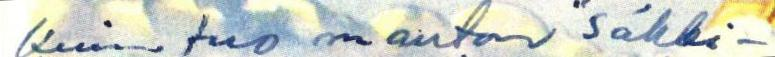
Kuin tuo mauton "Säkki-